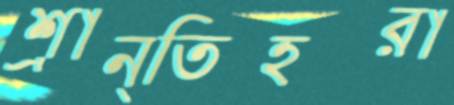
শ্রান্তিহরা